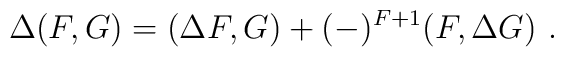
\Delta (F,G) =(\Delta F,G)+(-)^{F+1}(F,\Delta G)\ .